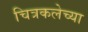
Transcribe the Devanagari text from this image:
चित्रकलेच्‍या